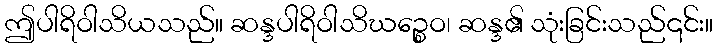
ဤပါရိဝါသိယသည်။ ဆန္ဒပါရိဝါသိဃဉ္စေဝ၊ ဆန္ဒ၏ သုံးခြင်းသည်၎င်း။